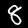
Label: 8